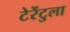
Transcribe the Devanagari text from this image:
टेरेंटुला